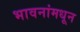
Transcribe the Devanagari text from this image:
भावनांमधून